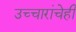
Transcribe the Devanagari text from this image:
उच्चारांचेही